Civil Veterinary Dept. Bombay admin report 1932-41 - 1932-1941
Year: 1932
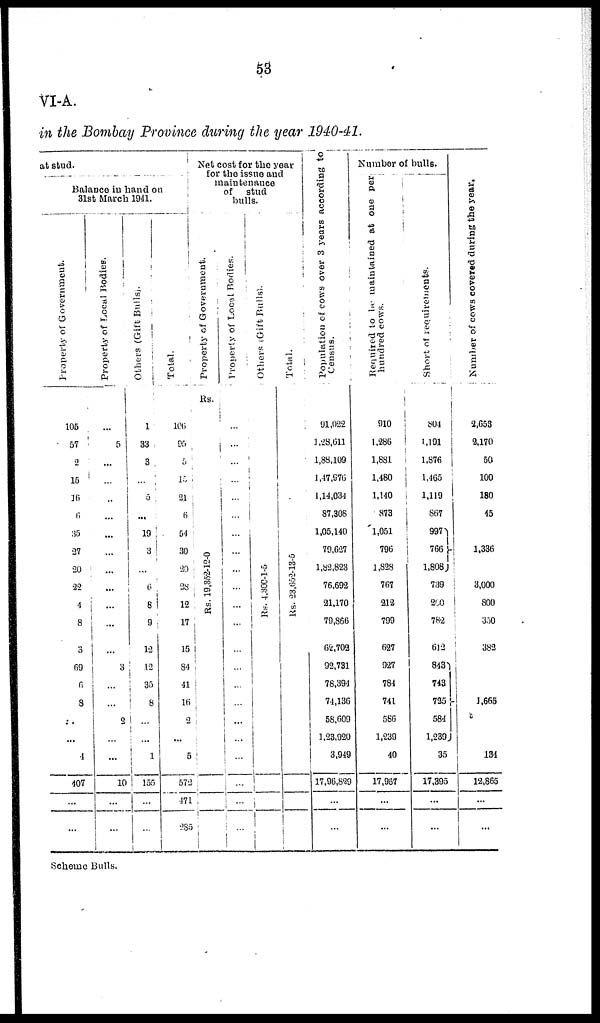
53
VI-A.
in the Bombay Province during the year 1940-41.
at stud.
Balance in hand on
31st March 1941.
Property of Government.
105
57
2
15
16
6
35
27
20
22
4
8
3
69
6
8
...
...
4
407
...
...
Property of Local Bodies.
...
5
...
...
..
...
...
...
...
...
...
...
...
3
...
...
2
...
...
10
...
...
Others (Gift Bulls).
1
33
3
...
5
...
19
3
...
6
8
9
12
12
35
8
...
...
1
155
...
...
Total.
106
95
5
15
21
6
54
30
20
28
12
17
15
84
41
16
2
...
5
572
471
285
Net cost for the year
for the issue and
maintenance
of
stud
bulls.
Property of Government.
Rs.
Rs. 19, 352-12-0
Property
of Local Bodies.
...
...
...
...
...
...
...
...
...
...
...
...
...
...
...
...
...
...
...
...
...
...
Others
(Gift Bulls).
Rs. 4,300-1-5
Total.
Rs. 23,652-13-5
Population of cows over 3 years according to
Census.
91,022
1,28,611
1,88,109
1,47,976
1,14,034
87,308
1,05,140
79,627
1,82,823
76,692
21,170
79,866
62,702
92,731
78,394
74,136
58,609
1,23,920
3,949
17,96,829
...
...
Number of bulls.
Required to be maintained at
hundred cows.
910
1,286
1,881
1,480
1,140
873
1,051
796
1,828
767
212
799
627
927
784
741
586
1,239
40
17,967
...
...
Shor t of requirements.
804
1,191
1,876
1,465
1,119
867
997
766
1,808
739
200
782
612
843
743
725
584
1,239
35
17,395
...
...
Nu mb e r of c o w s c o v e r e d d u r i n g t he year.
2,653
2,170
50
100
180
45
1,336
3,000
800
350
382
1,665
134
12,865
...
...
Scheme Bulls.